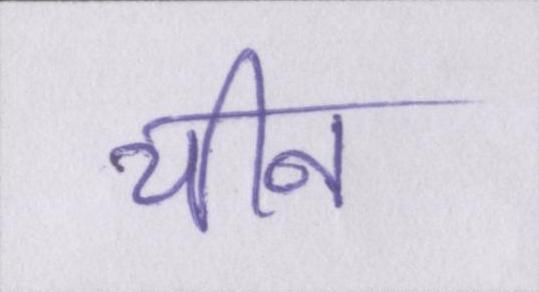
चीन